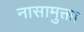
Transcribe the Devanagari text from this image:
नासामुक्ता